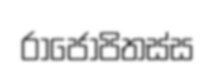
රාජොපිතස්ස